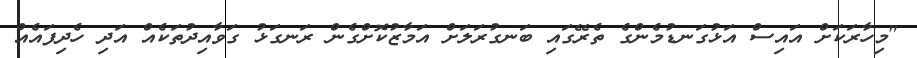
"މިހާރަކަށް އައިސް އަޅުގަނޑުމެންގެ ތެރޭގައި ބަނގުރަލަށް އަމާޒުކޮށްގެން ރަނގަޅު ގަވާއިދުތަކެއް އަދި ހެދިފައެއް